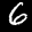
Label: 6